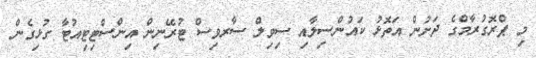
މި ޕްރޮގުރާމްގެ ދަށުން އަތޮޅު ކައުންސިލާއި ސިވިލް ސާރވިސް ޓުރޭނިން އިންސްޓިޓިއުޓާ ގުޅިގެން